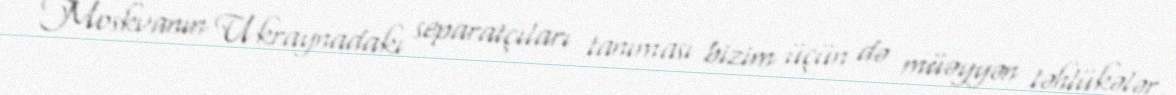
Moskvanın Ukraynadakı separatçıları tanıması bizim üçün də müəyyən təhlükələr